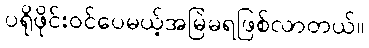
ပရိုဖိုင်းဝင်ပေမယ့်အမြဲမရဖြစ်လာတယ်။